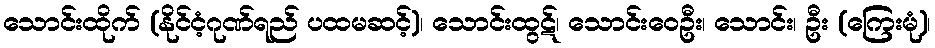
သောင်းထိုက် (နိုင်ငံ့ဂုဏ်ရည် ပထမဆင့်)၊ သောင်းထွဋ်၊ သောင်းဝေဦး၊ သောင်း၊ ဦး (ကြေးမုံ)၊